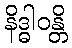
နိဒ္ဓါဝန္တိ